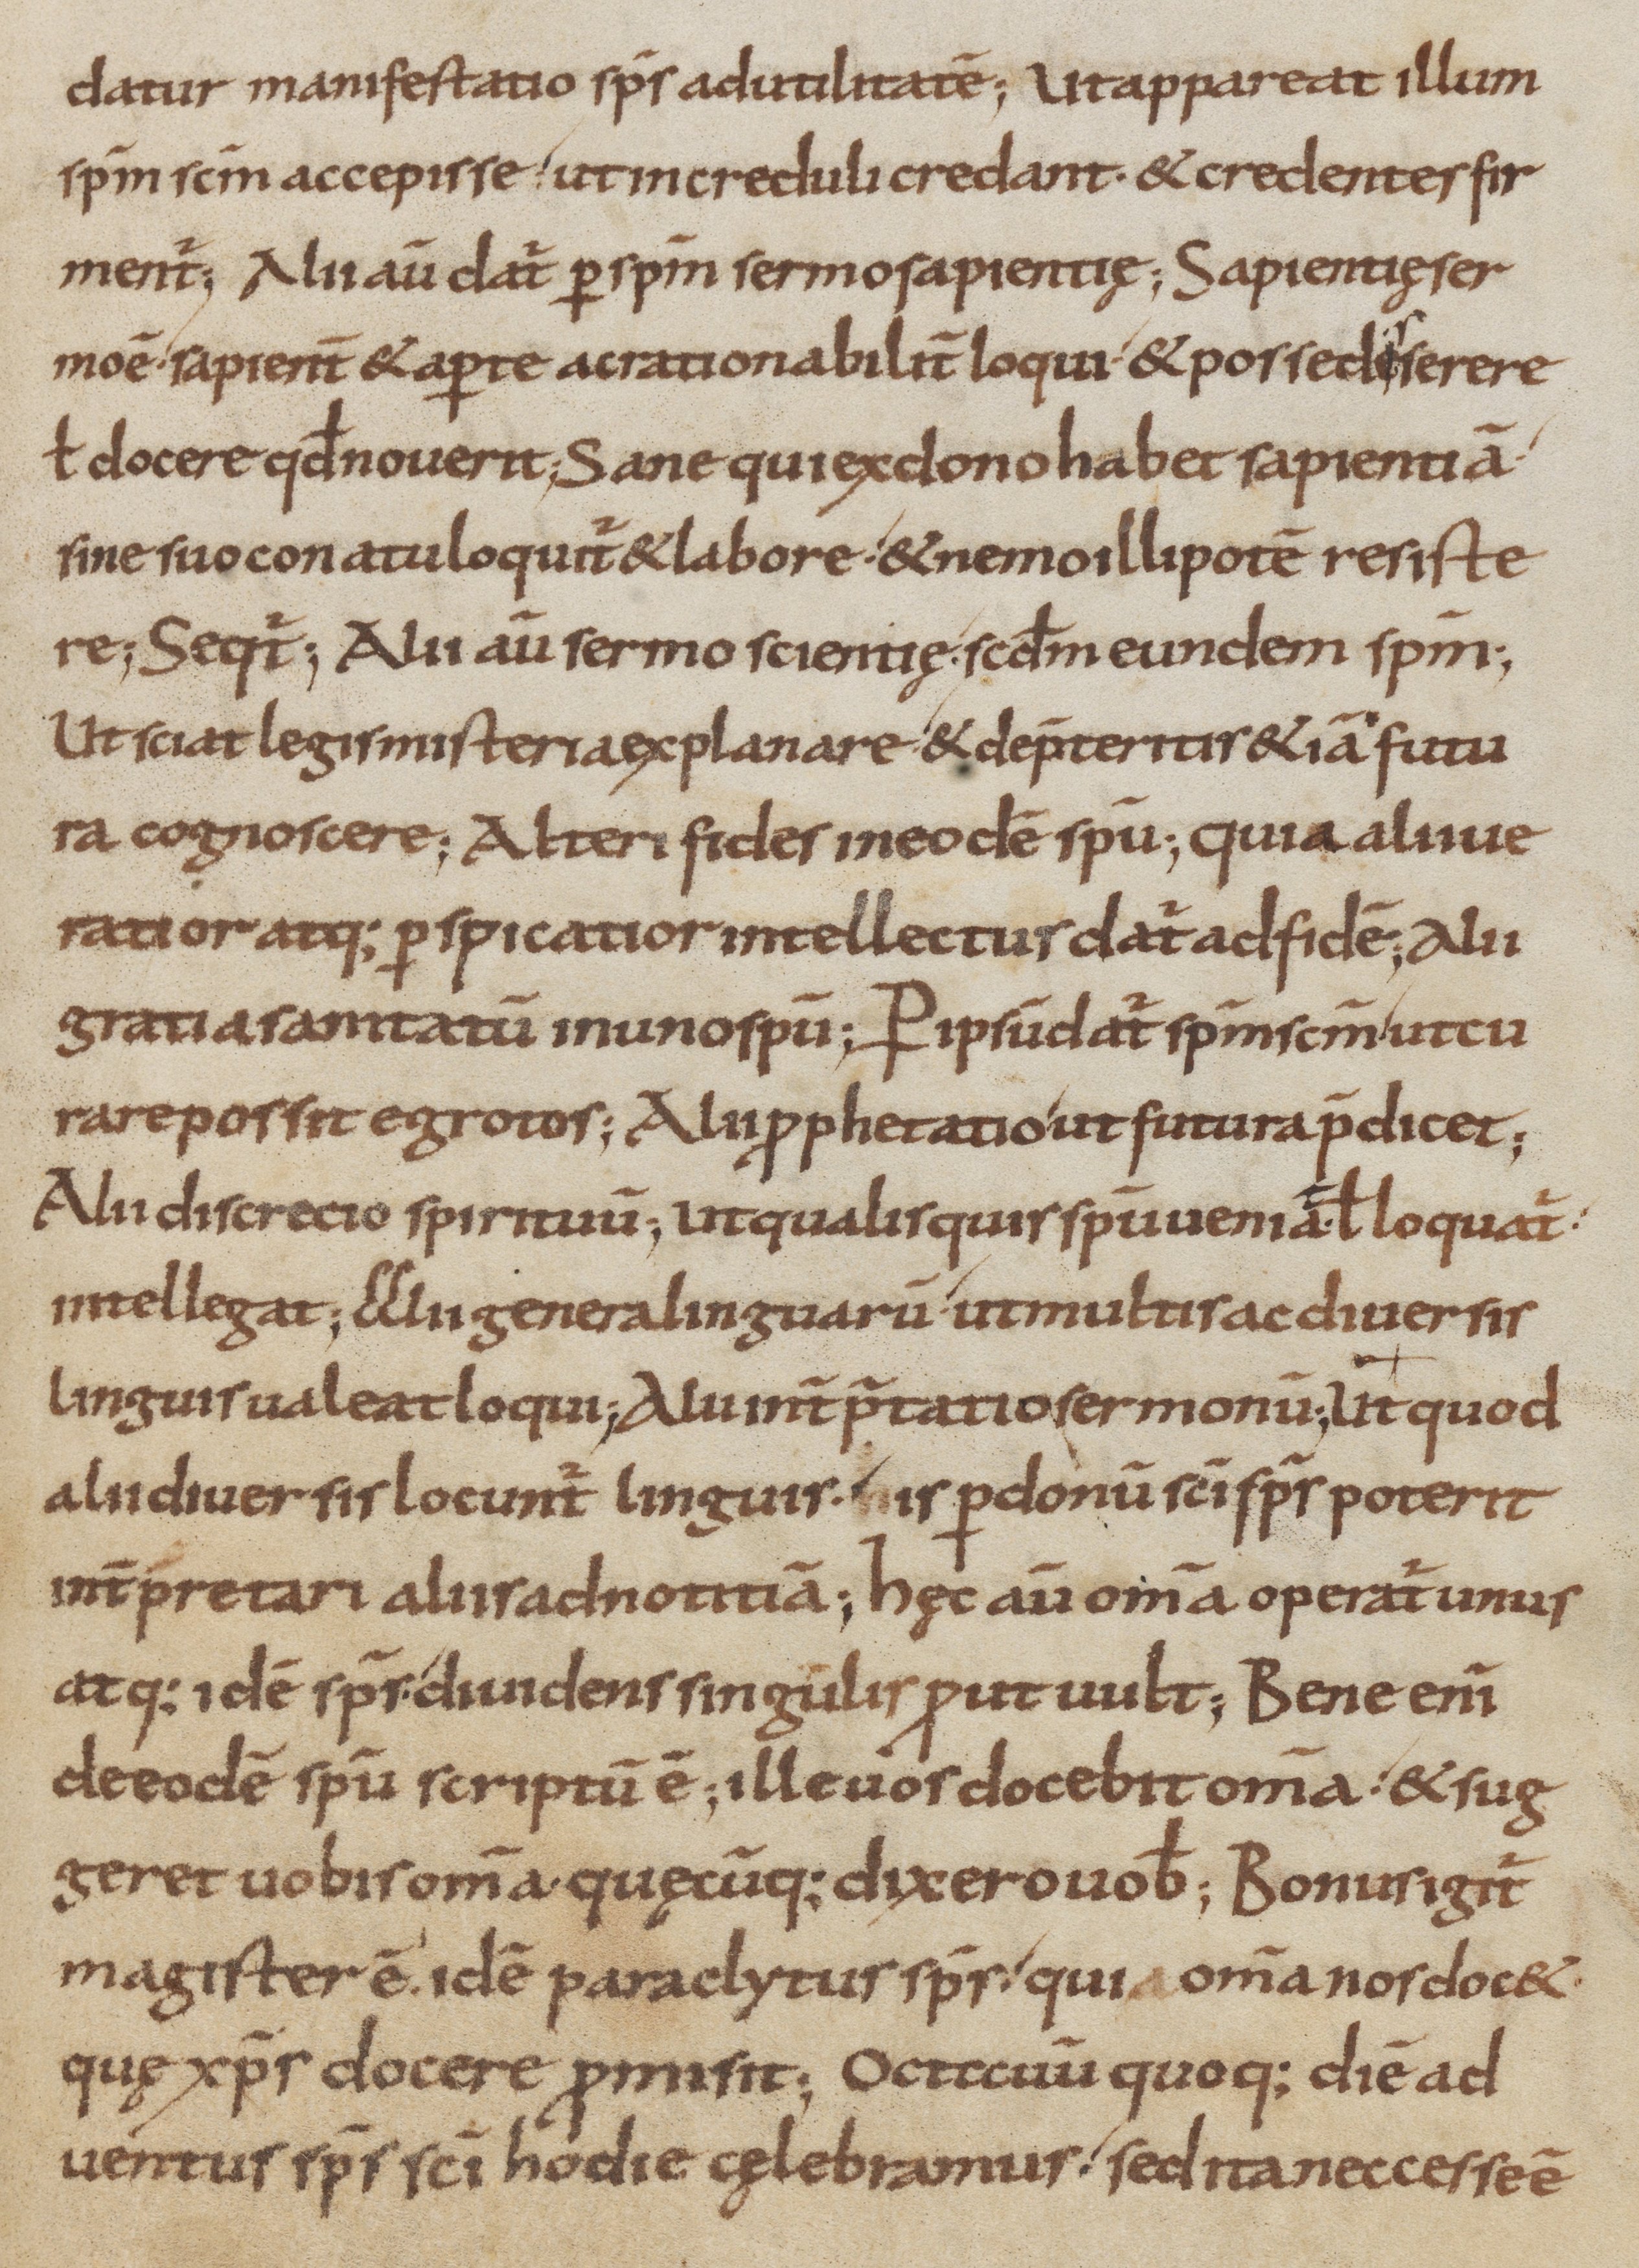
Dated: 800–899